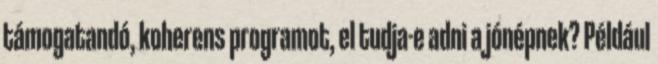
támogatandó, koherens programot, el tudja-e adni a jónépnek? Például